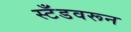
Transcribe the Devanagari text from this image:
स्टँडवरून